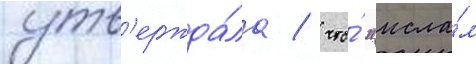
утв'ержда́ла / что́ "исла́м